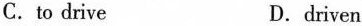
C.to drive D.driven